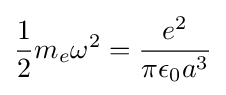
{\frac {1}{2}}m_{e}\omega ^{2}={\frac {e^{2}}{\pi \epsilon _{0}a^{3}}}